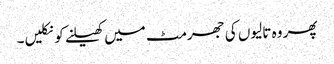
پھر وہ تالیوں کی جھرمٹ میں کھیلنے کو نکلیں۔